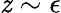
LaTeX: \mathit{z}\sim\epsilon